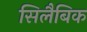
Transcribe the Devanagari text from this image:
सिलैबिक